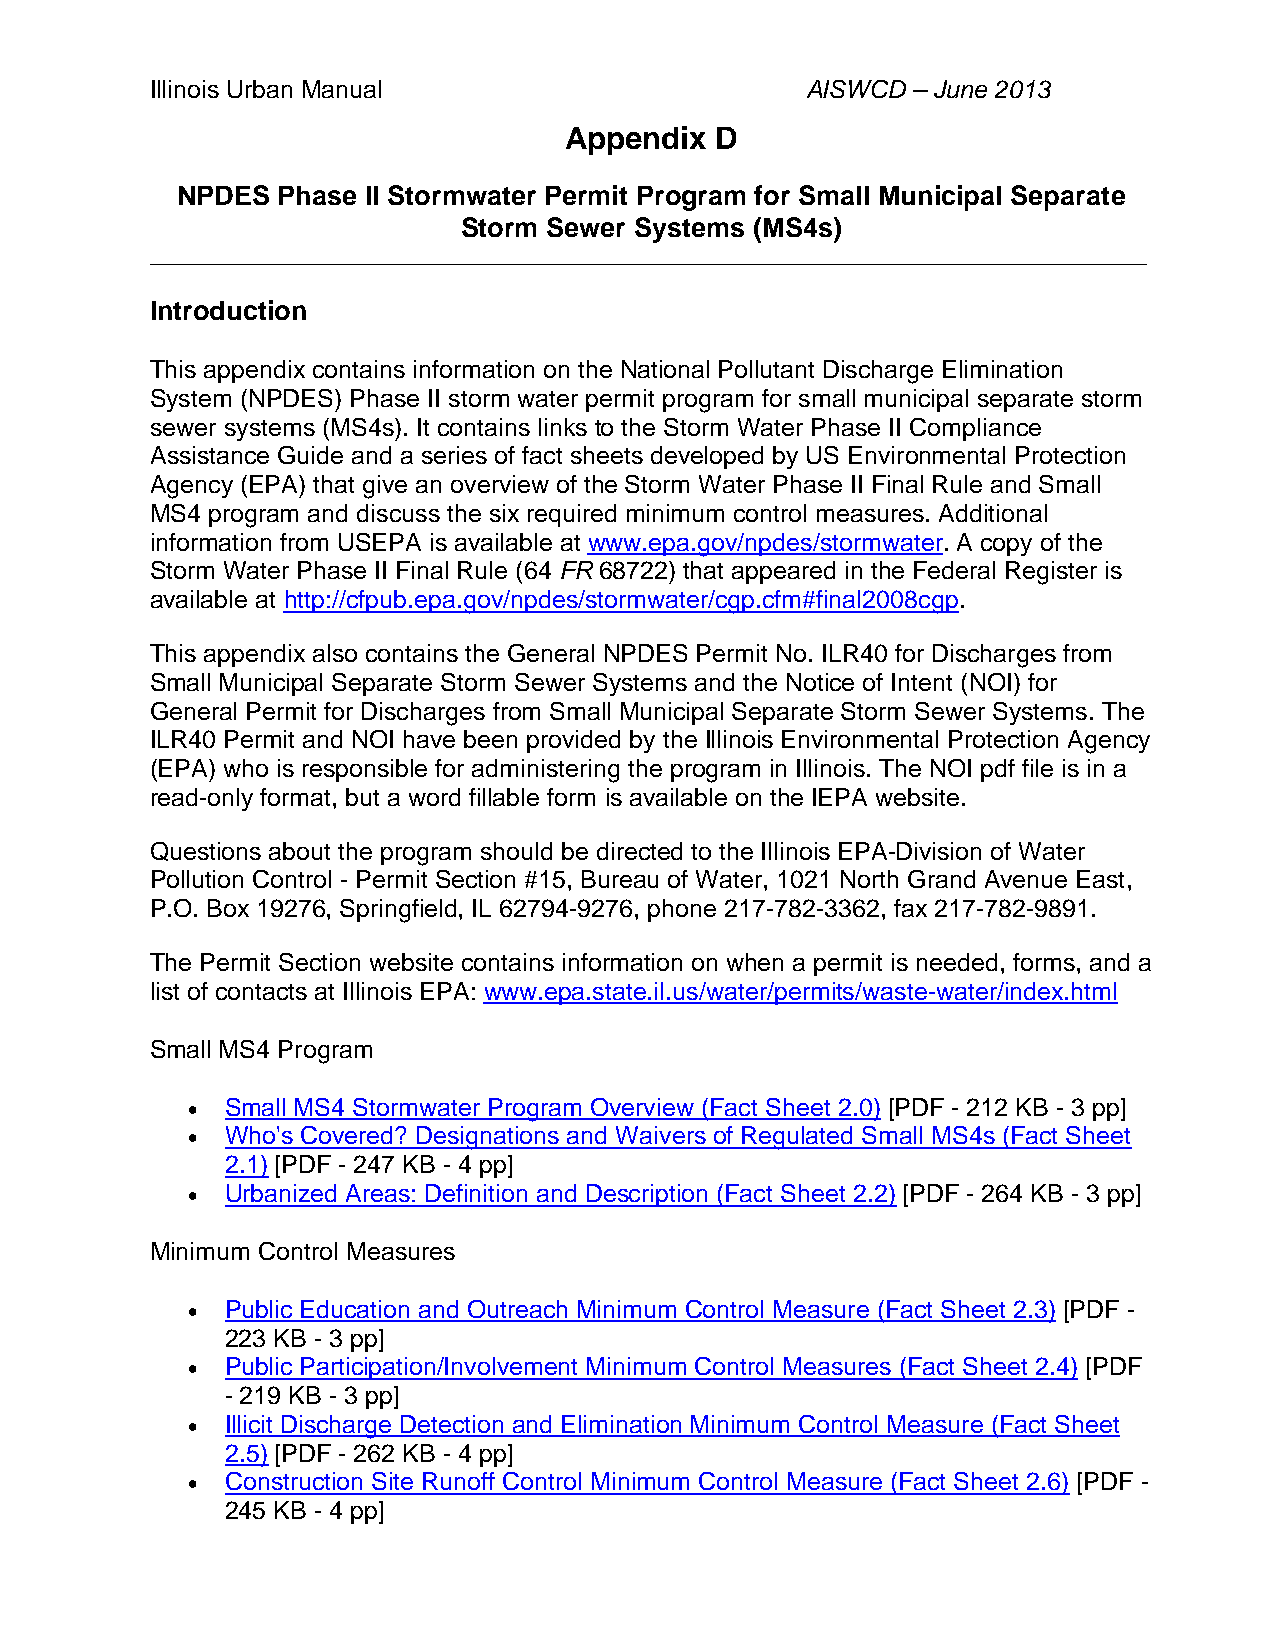
Illinois Urban Manual                      AISWCD – June 2013
 Appendix  D
 NPDES Phase II Stormwater Permit Program for Small Municipal Separate
 Storm Sewer Systems (MS4s)
 ______________________________________________________________________________________
 Introduction
 This appendix contains information on the National Pollutant Discharge Elimination
 System (NPDES) Phase II storm water permit program for small municipal separate storm
 sewer systems (MS4s). It contains links to the Storm Water Phase II Compliance
 Assistance Guide and a series of fact sheets developed by US Environmental Protection
 Agency (EPA) that give an overview of the Storm Water Phase II Final Rule and Small
 MS4 program and discuss the six required minimum control measures. Additional
 information from USEPA is available at www.epa.gov/npdes/stormwater. A copy of the
 Storm Water Phase II Final Rule (64 FR 68722) that appeared in the Federal Register is
 available at http://cfpub.epa.gov/npdes/stormwater/cgp.cfm#final2008cgp.
 This appendix also contains the General NPDES Permit No. ILR40 for Discharges from
 Small Municipal Separate Storm Sewer Systems and the Notice of Intent (NOI) for
 General Permit for Discharges from Small Municipal Separate Storm Sewer Systems. The
 ILR40 Permit and NOI have been provided by the Illinois Environmental Protection Agency
 (EPA) who is responsible for administering the program in Illinois. The NOI pdf file is in a
 read-only format, but a word fillable form is available on the IEPA website.
 Questions about the program should be directed to the Illinois EPA-Division of Water
 Pollution Control - Permit Section #15, Bureau of Water, 1021 North Grand Avenue East,
 P.O. Box 19276, Springfield, IL 62794-9276, phone 217-782-3362, fax 217-782-9891.
 The Permit Section website contains information on when a permit is needed, forms, and a
 list of contacts at Illinois EPA: www.epa.state.il.us/water/permits/waste-water/index.html
 Small MS4 Program
   Small MS4 Stormwater Program Overview (Fact Sheet 2.0) [PDF - 212 KB - 3 pp]
   Who's Covered? Designations and Waivers of Regulated Small MS4s (Fact Sheet
 2.1) [PDF - 247 KB - 4 pp]
   Urbanized Areas: Definition and Description (Fact Sheet 2.2) [PDF - 264 KB - 3 pp]
 Minimum Control Measures
   Public Education and Outreach Minimum Control Measure (Fact Sheet 2.3) [PDF -
 223 KB - 3 pp]
   Public Participation/Involvement Minimum Control Measures (Fact Sheet 2.4) [PDF
 - 219 KB - 3 pp]
   Illicit Discharge Detection and Elimination Minimum Control Measure (Fact Sheet
 2.5) [PDF - 262 KB - 4 pp]
   Construction Site Runoff Control Minimum Control Measure (Fact Sheet 2.6) [PDF -
 245 KB - 4 pp]